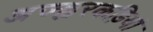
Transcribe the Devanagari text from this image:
अज्ह्वरकड़ियां